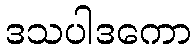
ဒသပါဒကော